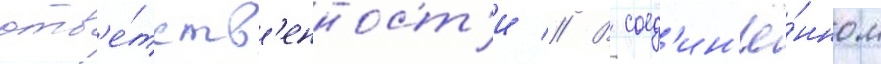
отв'е́тств'енност'и // В соед'ин'ё́нном